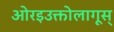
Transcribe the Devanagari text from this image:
ओरइउक्तोलागूस्